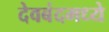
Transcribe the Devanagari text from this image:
देवबंदमध्ये